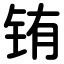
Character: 铕